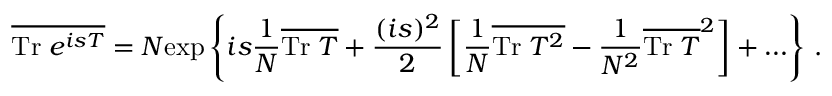
\overline { { { \mathrm { T r } \; e ^ { i s T } } } } = N \mathrm { e x p } \left\{ i s \frac { 1 } { N } \overline { { { \mathrm { T r } \; T } } } + \frac { ( i s ) ^ { 2 } } { 2 } \left[ \frac { 1 } { N } \overline { { { \mathrm { T r } \; T ^ { 2 } } } } - \frac { 1 } { N ^ { 2 } } \overline { { { \mathrm { T r } \; T } } } ^ { 2 } \right] + \ldots \right\} \, .